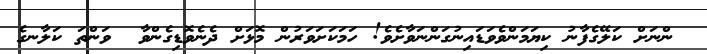
ންނަށް ކަލޭގެފާނު ކިޔަމަންވެވަޑައިނުގަންނަވާށެވެ! ހަމަކަށަވަރުން މޮޅަށް ދެނެވޮޑިގެންވާ  ވަންތަ ކަލާނގެ